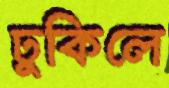
ঢুকিলে